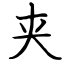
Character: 夹